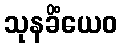
သုနခိံယေဝ